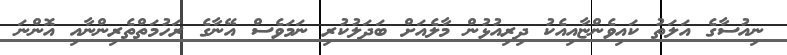
ނިއުސާގެ އަލަތު ކައިވެންޏާއިއެކު ދިރިއުޅުން މާލެއަށް ބަދަލުކުރި ނަމަވެސް އޭނާގެ ރަހުމަތްތެރިންނާއި އޮންނަ